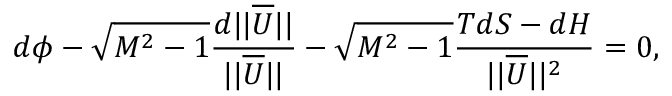
d \phi - \sqrt { M ^ { 2 } - 1 } \frac { d | | \overline { { U } } | | } { | | \overline { { U } } | | } - \sqrt { M ^ { 2 } - 1 } \frac { T d S - d H } { | | \overline { { U } } | | ^ { 2 } } = 0 ,